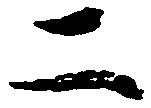
二